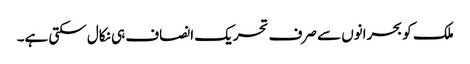
ملک کو بحرانوں سے صرف تحریک انصاف ہی نکال سکتی ہے۔